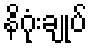
နိဂုံးချုပ်